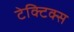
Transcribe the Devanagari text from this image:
टेक्टिक्स